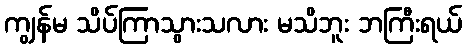
ကျွန်မ သိပ်ကြာသွားသလား မသိဘူး ဘကြီးရယ်